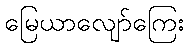
မြေယာလျော်ကြေး